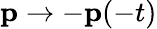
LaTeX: \mathbf{p}\rightarrow-\mathbf{p}(-t)